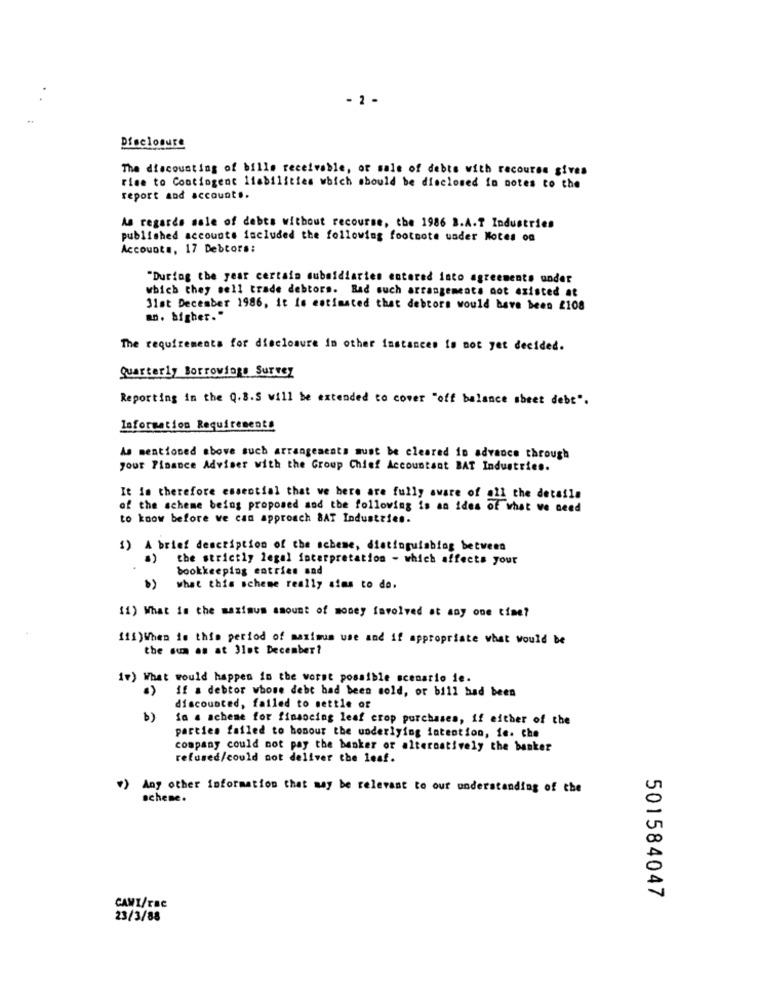
- 2 -
Disclosure
The discounting of bille receivable, or sale of debts with recourss gives
rise to Contingent liabilities which should be disclosed io notes to the
report and accounts.
As regards sale of debes without recourse, the 1986 B.A.T Industries
published accounts included the following footnote uader Notes on
Accounts, 17 Debtors:
"During the year certain subsidiaries entered into agreements under
which they sell trade debtors. Bad such arrangements not existed at
31st December 1986, it Is estimated that debtors would have been 2108
a. bigher."
The requirements for disclosure in other instances is not yet decided.
Quarterly Borrowings Survey
Reporting in the Q.8.S will be extended to cover "off balance sheet debt".
Information Requirements
As mentioned above such arrangements must be cleared in advance through
your Finance Adviser with the Group Chief Accountant BAT Industries.
It is therefore essential that we here are fully aware of all the details
of the scheme being proposed sod the following is an ides of what we need
to know before we can approach 8AT Industries.
1) A brief description of the scheme, distinguiabiog between
the strictly legal interpretation - which affects your
bookkeeping entries sad
b) what this scheme really aims to do.
11) What in the maximum amount of money involved at any one time?
111) When is this period of maximum use and if appropriate what would be
the sum as at 3let December?
17) What would happen in the worst possible scenario ie.
if a debtor whose debt had been sold, or bill had been
discounted, failed to settle of
b)
in a achene for financing leaf crop purchases, if either of the
parties failed to honour the underlying intention, fe. the
company could not pay the banker or alternatively the banker
refused/could not deliver the leaf.
*) Any other information that may be relevant to our understanding of the
scheme.
501584047
CAMI/rac
23/3/88